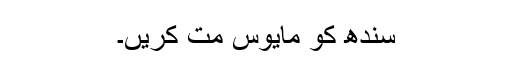
سندھ کو مایوس مت کریں۔